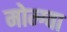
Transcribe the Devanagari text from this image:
मोम्ग्वा